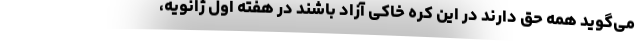
می‌گوید همه حق دارند در این کره خاکی آزاد باشند در هفته اول ژانویه،